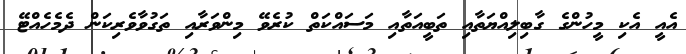
އެއީ އެކި މީހުންގެ ގާބިލިއްޔަތާއި ތަބީއަތާއި މަސައްކަތް ކުރެވޭ މިންވަރާއި ތަގުވާވެރިކަން ދެމެހެއްޓޭ